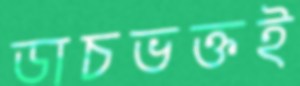
ডাচভক্তই